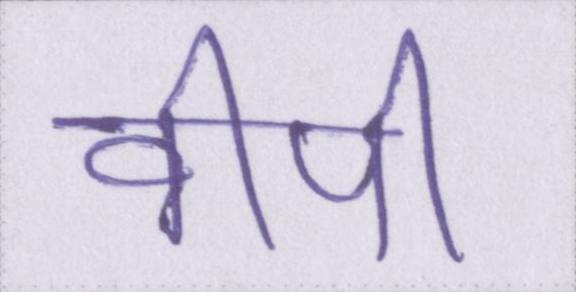
वीपी